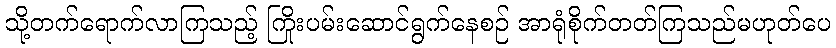
သို့တက်ရောက်လာကြသည့် ကြိုးပမ်းဆောင်ရွက်နေစဉ် အာရုံစိုက်တတ်ကြသည်မဟုတ်ပေ